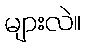
များလဲ။